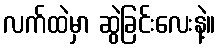
လက်ထဲမှာ ဆွဲခြင်းလေးနဲ့။